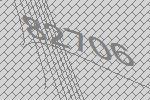
82706